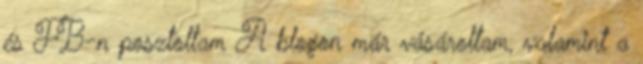
és FB-n posztoltam A blogon már vásároltam, valamint a